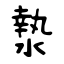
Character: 漐